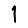
Digit: 1